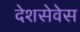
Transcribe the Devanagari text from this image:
देशसेवेस